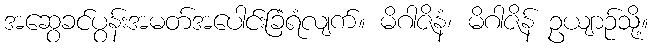
အဆွေခင်ပွန်းအမတ်အပေါင်းခြံရံလျက်။ မိဂါဇိနံ၊ မိဂါဇိန် ဥယျာဉ်သို့။